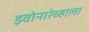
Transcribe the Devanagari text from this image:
झ्वोनारेव्हाला